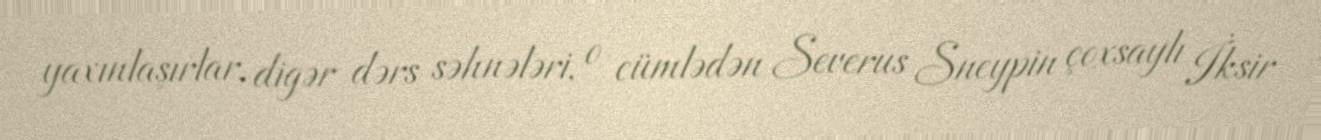
yaxınlaşırlar, digər dərs səhnələri, o cümlədən Severus Sneypin çoxsaylı İksir